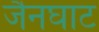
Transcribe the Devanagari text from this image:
जैनघाट